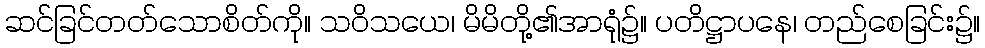
ဆင်ခြင်တတ်သောစိတ်ကို။ သဝိသယေ၊ မိမိတို့၏အာရုံ၌။ ပတိဋ္ဌာပနေ၊ တည်စေခြင်း၌။